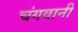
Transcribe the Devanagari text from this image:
चंगवानी